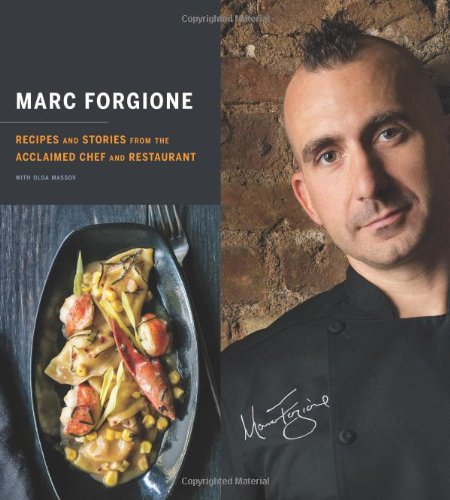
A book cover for Marc Forgione: Recipes and Stories from the Acclaimed Chef and Restaurant; Marc Forgione; Cookbooks, Food & Wine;